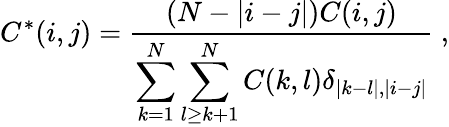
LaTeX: C^{*}(i,j)=\frac{(N-|i-j|)C(i,j)}{\displaystyle\sum_{k=1}^{N}\sum_{l\ge k+1}^{N}C(k,l)\delta_{|k-l|,|i-j|}}~,